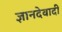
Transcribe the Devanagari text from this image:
ज्ञानदेवादी